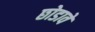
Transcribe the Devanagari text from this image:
छोडावे